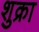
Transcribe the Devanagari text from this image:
शुक्रा